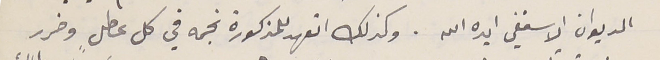
الديوان الاسقفي ايده الله. وكذلك اتعهد للمذكورة نجمه في كل عطلٍ وضرر